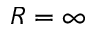
R = \infty